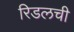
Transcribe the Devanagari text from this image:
रिडलची